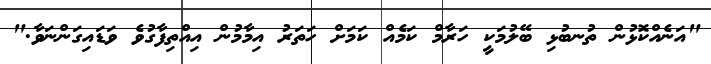
"އަނެއްކޮޅުން ތުނބުޅި ބޭލުމަކީ ހަރާމް ކަމެއް ކަމަށް ހަތަރު އިމާމުން އިއްތިފާގުވެ ވަޑައިގަންނަވާ."